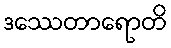
ဒဿေတာရောတိ